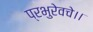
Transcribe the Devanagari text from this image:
प्रभुरेवचे।।